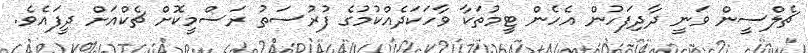
ޗެލްސީން ވަނީ ދާދިފަހުން އެހެން ޓީމުތަކާ ވާހަކަދެއްކުމުގެ ފުރުސަތު ރަސްމީކޮށް ޗެކްއަށް ދީފައެވެ.